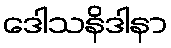
ဒေါသနိဒါနာ